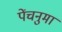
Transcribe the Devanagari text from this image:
पेंचनुमा